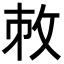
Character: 𢼋